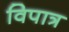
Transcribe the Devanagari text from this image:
विपात्र